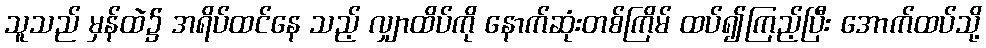
သူသည် မှန်ထဲ၌ အရိပ်ထင်နေ သည့် လျှာထိပ်ကို နောက်ဆုံးတစ်ကြိမ် ထပ်၍ကြည့်ပြီး အောက်ထပ်သို့